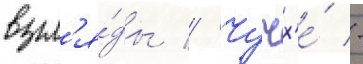
взгл'я́ды // Чучх'е́ -